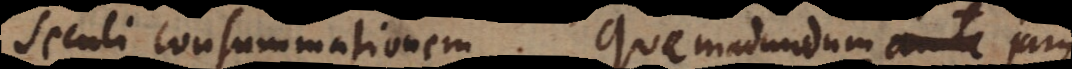
seculi consummationem. Quemadmodum ante jam